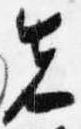
先